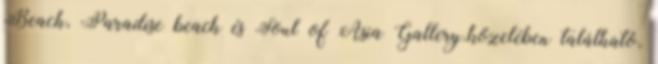
Beach, Paradise beach és Soul of Asia Gallery.közelében található,